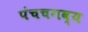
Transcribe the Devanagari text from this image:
पंचचगव्य